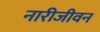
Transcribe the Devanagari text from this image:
नारीजीवन